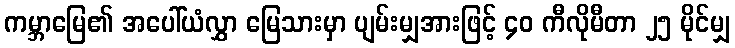
ကမ္ဘာမြေ၏ အပေါ်ယံလွှာ မြေသားမှာ ပျမ်းမျှအားဖြင့် ၄၀ ကီလိုမီတာ ၂၅ မိုင်မျှ